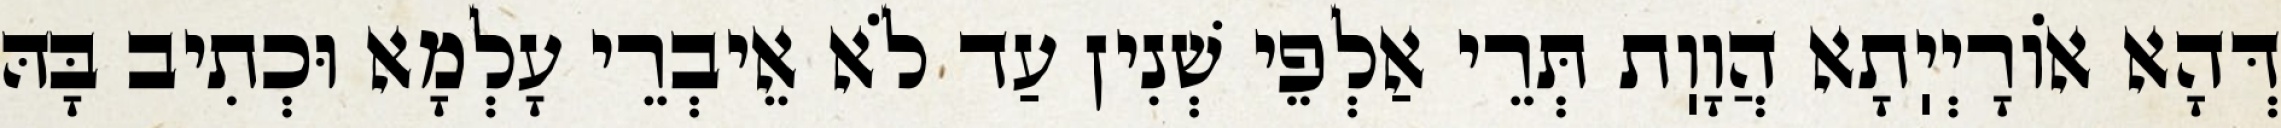
דְּהָא אוֹרָיְיֽתָא הֲוָוֽת תְּרֵי אַלְפֵי שְׁנִין עַד לֹא אֵיבְרֵי עָלְמָא וּכְתִיב בָּהּ